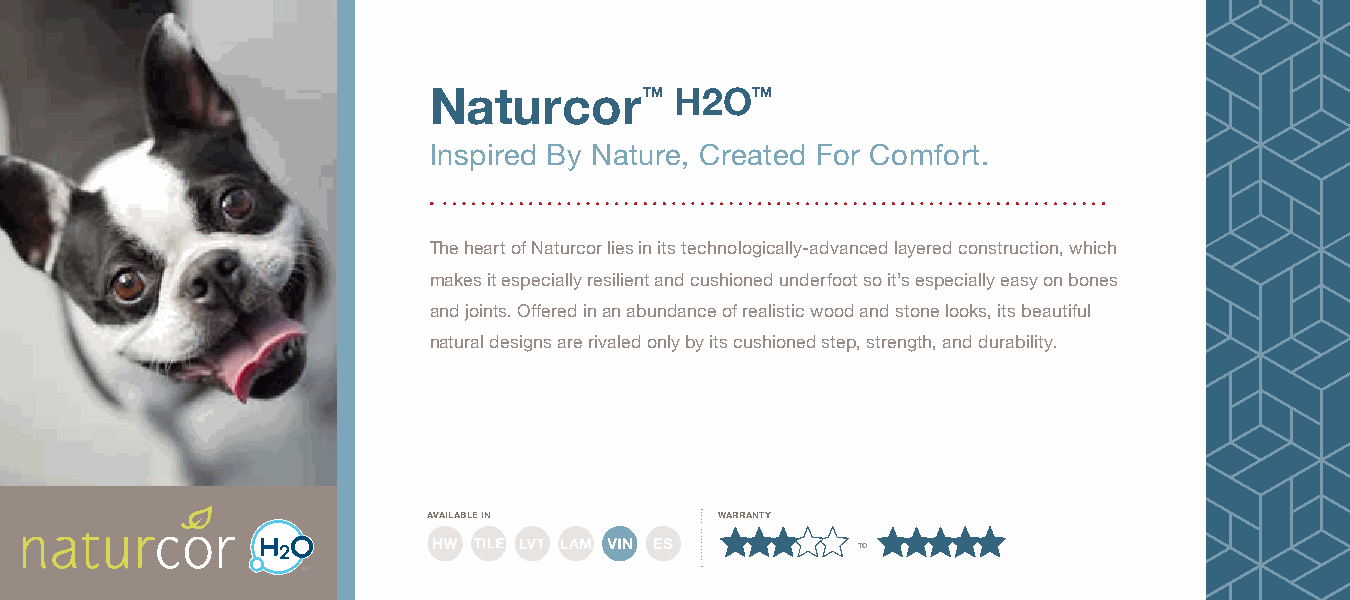
Naturcor       ™ H2O™
 Inspired By Nature, Created For Comfort.
 The heart of Naturcor lies in its technologically-advanced layered construction, which
 makes it especially resilient and cushioned underfoot so it’s especially easy on bones
 and joints. Offered in an abundance of realistic wood and stone looks, its beautiful
 natural designs are rivaled only by its cushioned step, strength, and durability.
 available in        warranty
 to